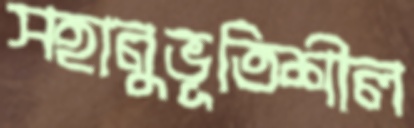
সহানুভূতিশীল